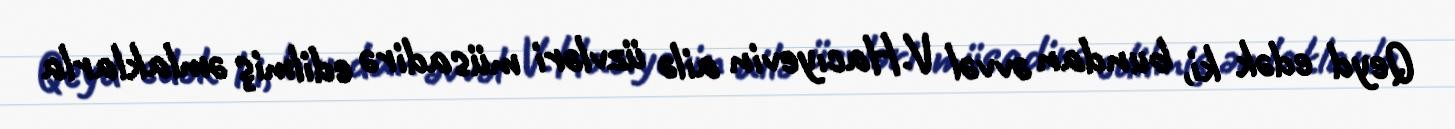
Qeyd edək ki, bundan əvvəl V.Hacıyevin ailə üzvləri müsadirə edilmiş əmlaklarla